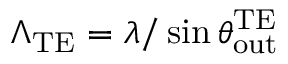
\Lambda _ { \mathrm { T E } } = \lambda / \sin \theta _ { \mathrm { o u t } } ^ { \mathrm { T E } }